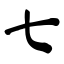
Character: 七